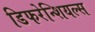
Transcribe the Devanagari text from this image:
डिफरेन्शियल्स